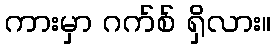
ကားမှာ ဂက်စ် ရှိလား။